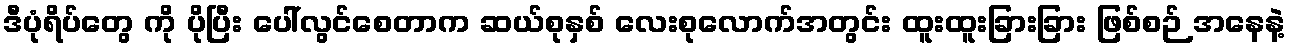
ဒီပုံရိပ်တွေ ကို ပိုပြီး ပေါ်လွင်စေတာက ဆယ်စုနှစ် လေးစုလောက်အတွင်း ထူးထူးခြားခြား ဖြစ်စဉ် အနေနဲ့